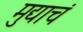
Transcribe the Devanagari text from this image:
मुद्याचं